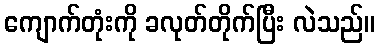
ကျောက်တုံးကို ခလုတ်တိုက်ပြီး လဲသည်။